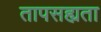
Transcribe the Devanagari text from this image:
तापसह्यता